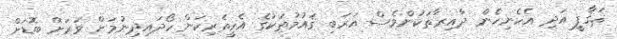
ޘަޤާފީީ އަދި އެހެނިހެން ދާއިރާތަކުންވެސް އަރަބި ޤައުމުތަކުގެ އެހީތެރިކަން ހޯދައިދިނުމަށް ވަރަށް ބޮޑަށް